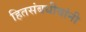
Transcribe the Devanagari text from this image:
हितसंबधीयांनी